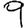
Digit: 9